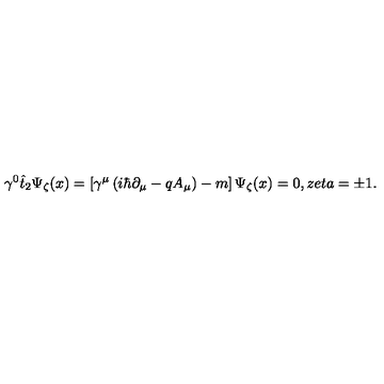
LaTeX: \gamma ^ { 0 } \hat { t } _ { 2 } \Psi _ { \zeta } ( x ) = \left[ \gamma ^ { \mu } \left( i \hbar \partial _ { \mu } - q A _ { \mu } \right) - m \right] \Psi _ { \zeta } ( x ) = 0 , z e t a = \pm 1 .